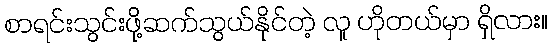
စာရင်းသွင်းဖို့ဆက်သွယ်နိုင်တဲ့ လူ ဟိုတယ်မှာ ရှိလား။